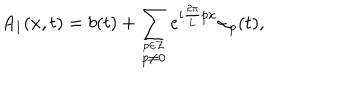
A _ { 1 } ( x , t ) = b ( t ) + \sum _ { \stackrel { p \in \cal Z } { p \neq 0 } } e ^ { i \frac { 2 \pi } { 2 \pi } { L } p x } { \alpha } _ { p } ( t ) ,